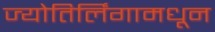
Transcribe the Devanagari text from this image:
ज्योतिर्लिंगामधून